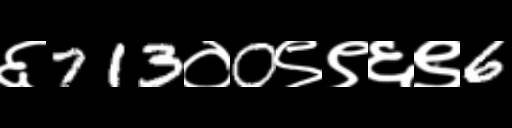
Text: ६713०0९९६९6